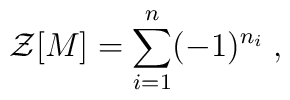
{\cal Z}[M]= \sum_{i=1}^n (-1)^{n_i}\; ,